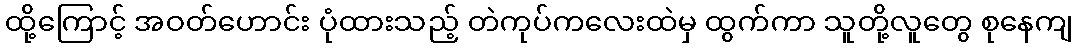
ထို့ကြောင့် အဝတ်ဟောင်း ပုံထားသည့် တဲကုပ်ကလေးထဲမှ ထွက်ကာ သူတို့လူတွေ စုနေကျ